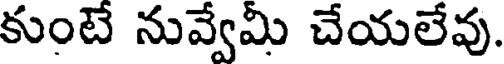
కుంటే నువ్వేమీ చేయలేవు.